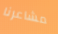
مشاعرنا